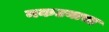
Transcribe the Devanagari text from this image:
नकटयाचा